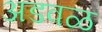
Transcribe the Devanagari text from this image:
अडवळ